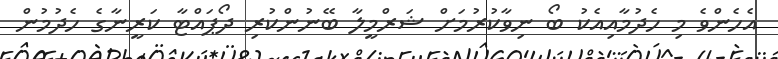
އެހެންވެ މި ހެދުމާއިއެކު ބޯ ނިވާކުރުމަށް ޝަރްމީލާ ބޭނުންކުރި ދޯޕައްޓާ ކަރީނާގެ ހެދުމުން